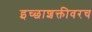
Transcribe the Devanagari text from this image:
इच्छाशक्तीवरच